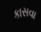
કાસવા